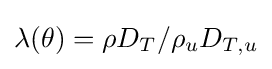
\lambda (\theta )=\rho D_{T}/\rho _{u}D_{T,u}